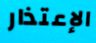
الإعتذار